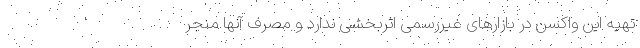
تهیه این واکسن در بازارهای غیررسمی اثربخشی ندارد و مصرف آنها منجر